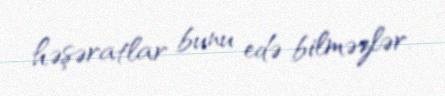
həşəratlar bunu edə bilməzlər.